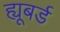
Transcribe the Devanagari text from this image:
ह्यूबर्ड